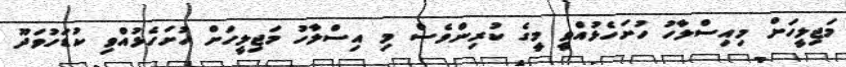
މަޖިލީހަށް މިއިސްލާހު ހުށަހެޅުއްވީ މީގެ ކުރިންވެސް މި އިސްލާހު މަޖިލީހަށް ހުށަހެޅުއްވި ކުޑަހުވަދޫ